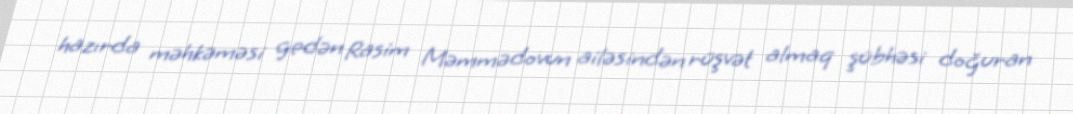
hazırda məhkəməsi gedən Rasim Məmmədovun ailəsindən rüşvət almaq şübhəsi doğuran